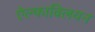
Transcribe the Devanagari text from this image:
ऐल्फाविलयन